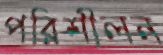
পরিশীলন